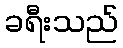
ခရီးသည်